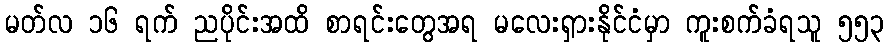
မတ်လ ၁၆ ရက် ညပိုင်းအထိ စာရင်းတွေအရ မလေးရှားနိုင်ငံမှာ ကူးစက်ခံရသူ ၅၅၃